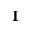
\mathbf I